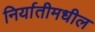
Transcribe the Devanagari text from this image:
निर्यातीमधील